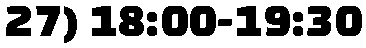
27) 18:00-19:30